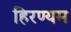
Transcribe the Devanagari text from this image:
हिरण्यम